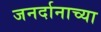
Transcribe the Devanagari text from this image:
जनर्दानाच्या